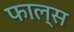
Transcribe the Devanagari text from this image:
फाल्‍स